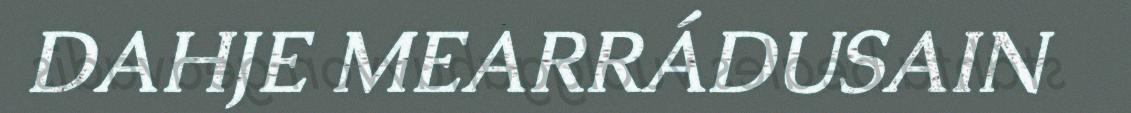
DAHJE MEARRÁDUSAIN